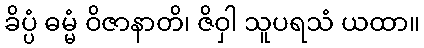
ခိပ္ပံ ဓမ္မံ ဝိဇာနာတိ၊ ဇိဝှါ သူပရသံ ယထာ။